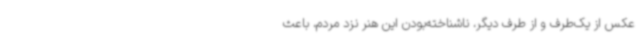
عکس از یک‌طرف و از طرف دیگر، ناشناخته‌بودن این هنر نزد مردم، باعث